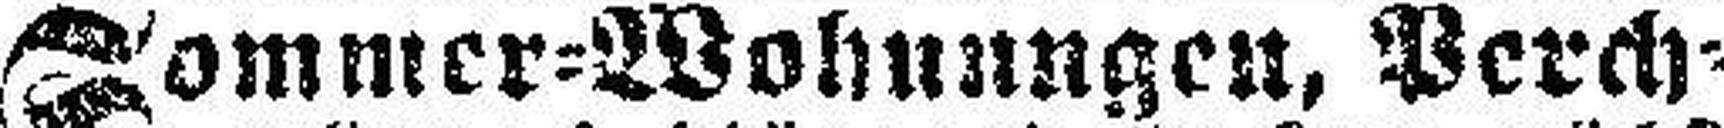
Sommer=Wohnungen, Perch¬